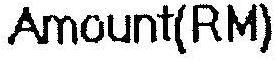
AMOUNT(RM)